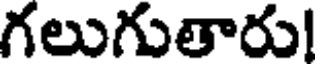
గలుగుతారు!